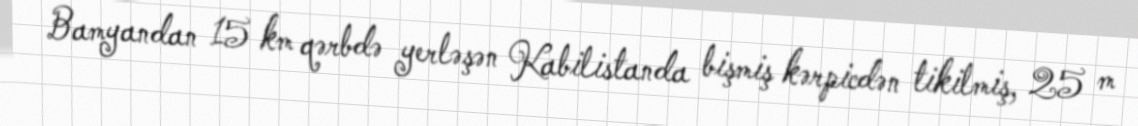
Bamyandan 15 km qərbdə yerləşən Kabilistanda bişmiş kərpicdən tikilmiş, 25 m